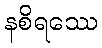
နစိရဿေ